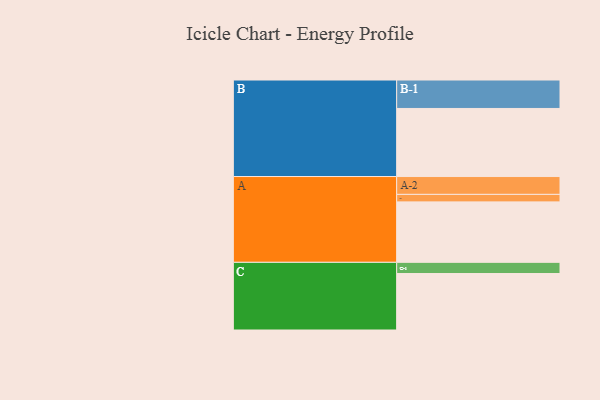
{"axis": {"x": "Segment", "y": "Value"}, "legend": ["", "A", "B", "C"], "data": [{"x": "A", "y": 427, "type": ""}, {"x": "B", "y": 481, "type": ""}, {"x": "C", "y": 399, "type": ""}, {"x": "A-1", "y": 53, "type": "A"}, {"x": "A-2", "y": 126, "type": "A"}, {"x": "B-1", "y": 201, "type": "B"}, {"x": "C-1", "y": 79, "type": "C"}]}